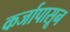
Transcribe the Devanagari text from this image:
कर्जापासून